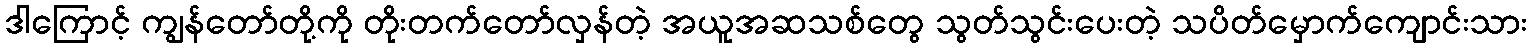
ဒါကြောင့် ကျွန်တော်တို့ကို တိုးတက်တော်လှန်တဲ့ အယူအဆသစ်တွေ သွတ်သွင်းပေးတဲ့ သပိတ်မှောက်ကျောင်းသား